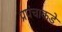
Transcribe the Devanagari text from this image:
प्रपंचाकडे